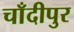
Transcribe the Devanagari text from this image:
चाँदीपुर